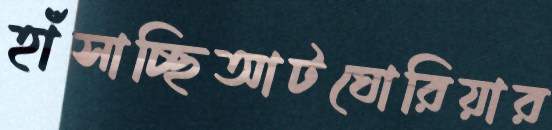
হাঁসাচ্ছিআটঘোরিয়ার